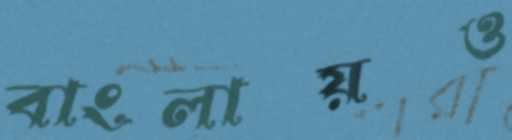
বাংলায়ও